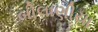
બીલાણીયા